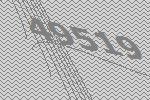
49519